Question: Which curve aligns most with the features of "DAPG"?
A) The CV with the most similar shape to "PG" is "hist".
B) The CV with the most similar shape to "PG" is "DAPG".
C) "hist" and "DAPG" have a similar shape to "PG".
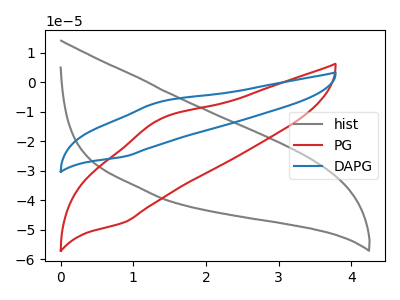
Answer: <think>The gray curve "hist" has no peaks. The red curve "PG" has an anodic peak at (1.35V, -12.65uA) and a cathodic peak at (0.85V, -47.60uA). The blue curve "DAPG" has an anodic peak at (1.35V, -6.70uA) and a cathodic peak at (0.85V, -25.25uA).
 "hist" and "PG" have a different number of peaks. "hist" and "DAPG" have a different number of peaks. All the peaks in "PG" have a peak in "DAPG" at the same potential.</think>
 <answer>B) The CV with the most similar shape to "PG" is "DAPG".</answer>
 <eval>B</eval>